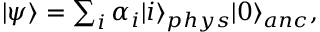
\begin{array} { r } { | \psi \rangle = \sum _ { i } \alpha _ { i } | i \rangle _ { p h y s } | 0 \rangle _ { a n c } , } \end{array}